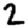
Digit: 2